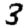
Digit: 3